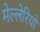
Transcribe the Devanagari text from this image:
मेल्लेरियो